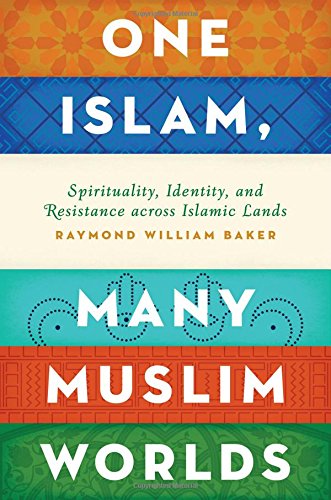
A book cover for One Islam, Many Muslim Worlds: Spirituality, Identity, and Resistance across Islamic Lands (Religion and Global Politics); Raymond William Baker; Religion & Spirituality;